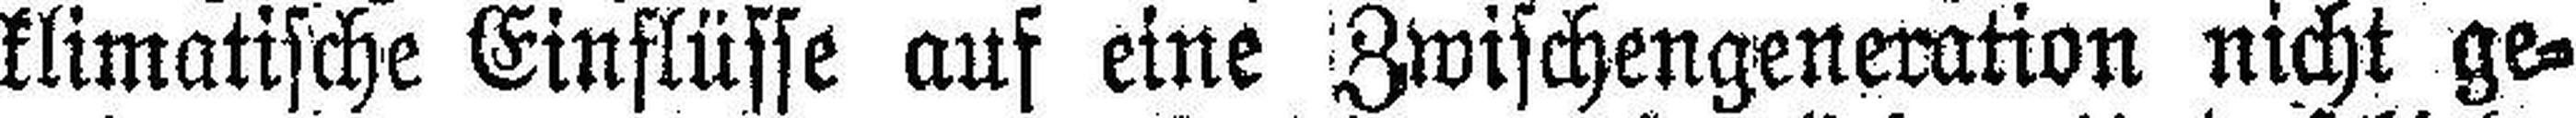
klimatische Einflüsse auf eine Zwischengeneration nicht ge¬